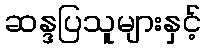
ဆန္ဒပြသူများနှင့်